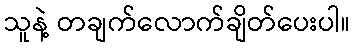
သူနဲ့ တချက်လောက်ချိတ်ပေးပါ။